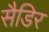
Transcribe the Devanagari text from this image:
सैडिर